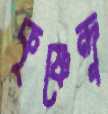
কৃষ্ণেন্দু